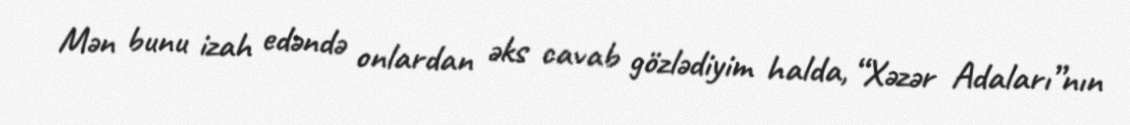
Mən bunu izah edəndə onlardan əks cavab gözlədiyim halda, “Xəzər Adaları”nın